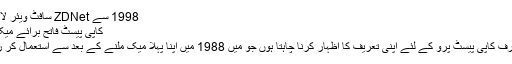
1998 سے ZDNet سافٹ ویئر لائبریری
کاپی پیسٹ فاتح برائے میک یوزر
میں صرف کاپی پیسٹ پرو کے لئے اپنی تعریف کا اظہار کرنا چاہتا ہوں جو میں 1988 میں اپنا پہلا میک ملنے کے بعد سے استعمال کر رہا ہوں۔